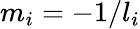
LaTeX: m_{i}=-1/l_{i}